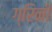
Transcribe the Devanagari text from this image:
ग्रिनी